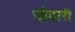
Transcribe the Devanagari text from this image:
चौबारी